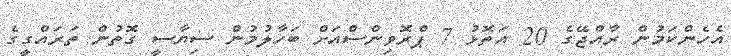
އެހެންކަމުން ރާއްޖޭގެ 20 އަތޮޅު 7 ޕްރޮވިންސްއަށް ބަހާލުމުން ސިޔާސީ ގޮތުން ތަރައްގީގެ